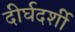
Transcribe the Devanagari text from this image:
दीर्घदर्शी